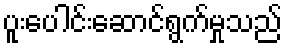
ပူးပေါင်းဆောင်ရွက်မှုသည်